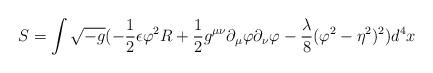
LaTeX: \begin{align*}S = \int \sqrt{-g} (- \frac {1}{2} \epsilon \varphi^{2} R +\frac{1}{2} g^{\mu\nu} \partial_{\mu} \varphi \partial_{\nu} \varphi-\frac {\lambda}{8} ( \varphi^{2} - \eta^{2} )^{2} ) d^{4} x\end{align*}